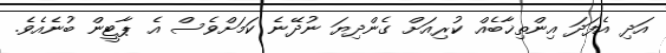
އަދި އެފަދަ އިންތިޚާބެއް ކުރިއަށް ގެންދިޔަ ނުދޭނެ ކަމަށްވެސް އެ ޕާޓީން ބުނެއެވެ.